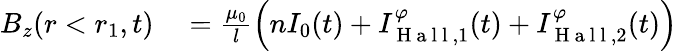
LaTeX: \begin{array}{rl}{B_{z}(r<r_{1},t)}&{{}=\frac{\mu_{0}}{l}\Big(nI_{0}(t)+I_{\mathrm{~H~a~l~l~},1}^{\varphi}(t)+I_{\mathrm{~H~a~l~l~},2}^{\varphi}(t)\Big)}\end{array}